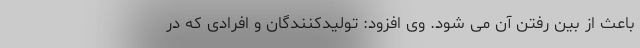
باعث از بین رفتن آن می شود. وی افزود: تولیدکنندگان و افرادی که در